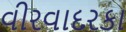
વીરવાદરકા